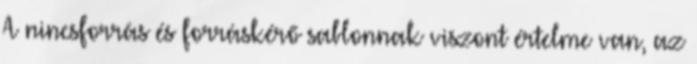
A nincsforrás és forráskérő sablonnak viszont értelme van, az